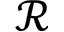
\mathcal { R }